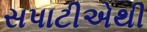
સપાટીએથી